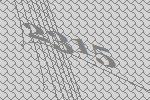
2315